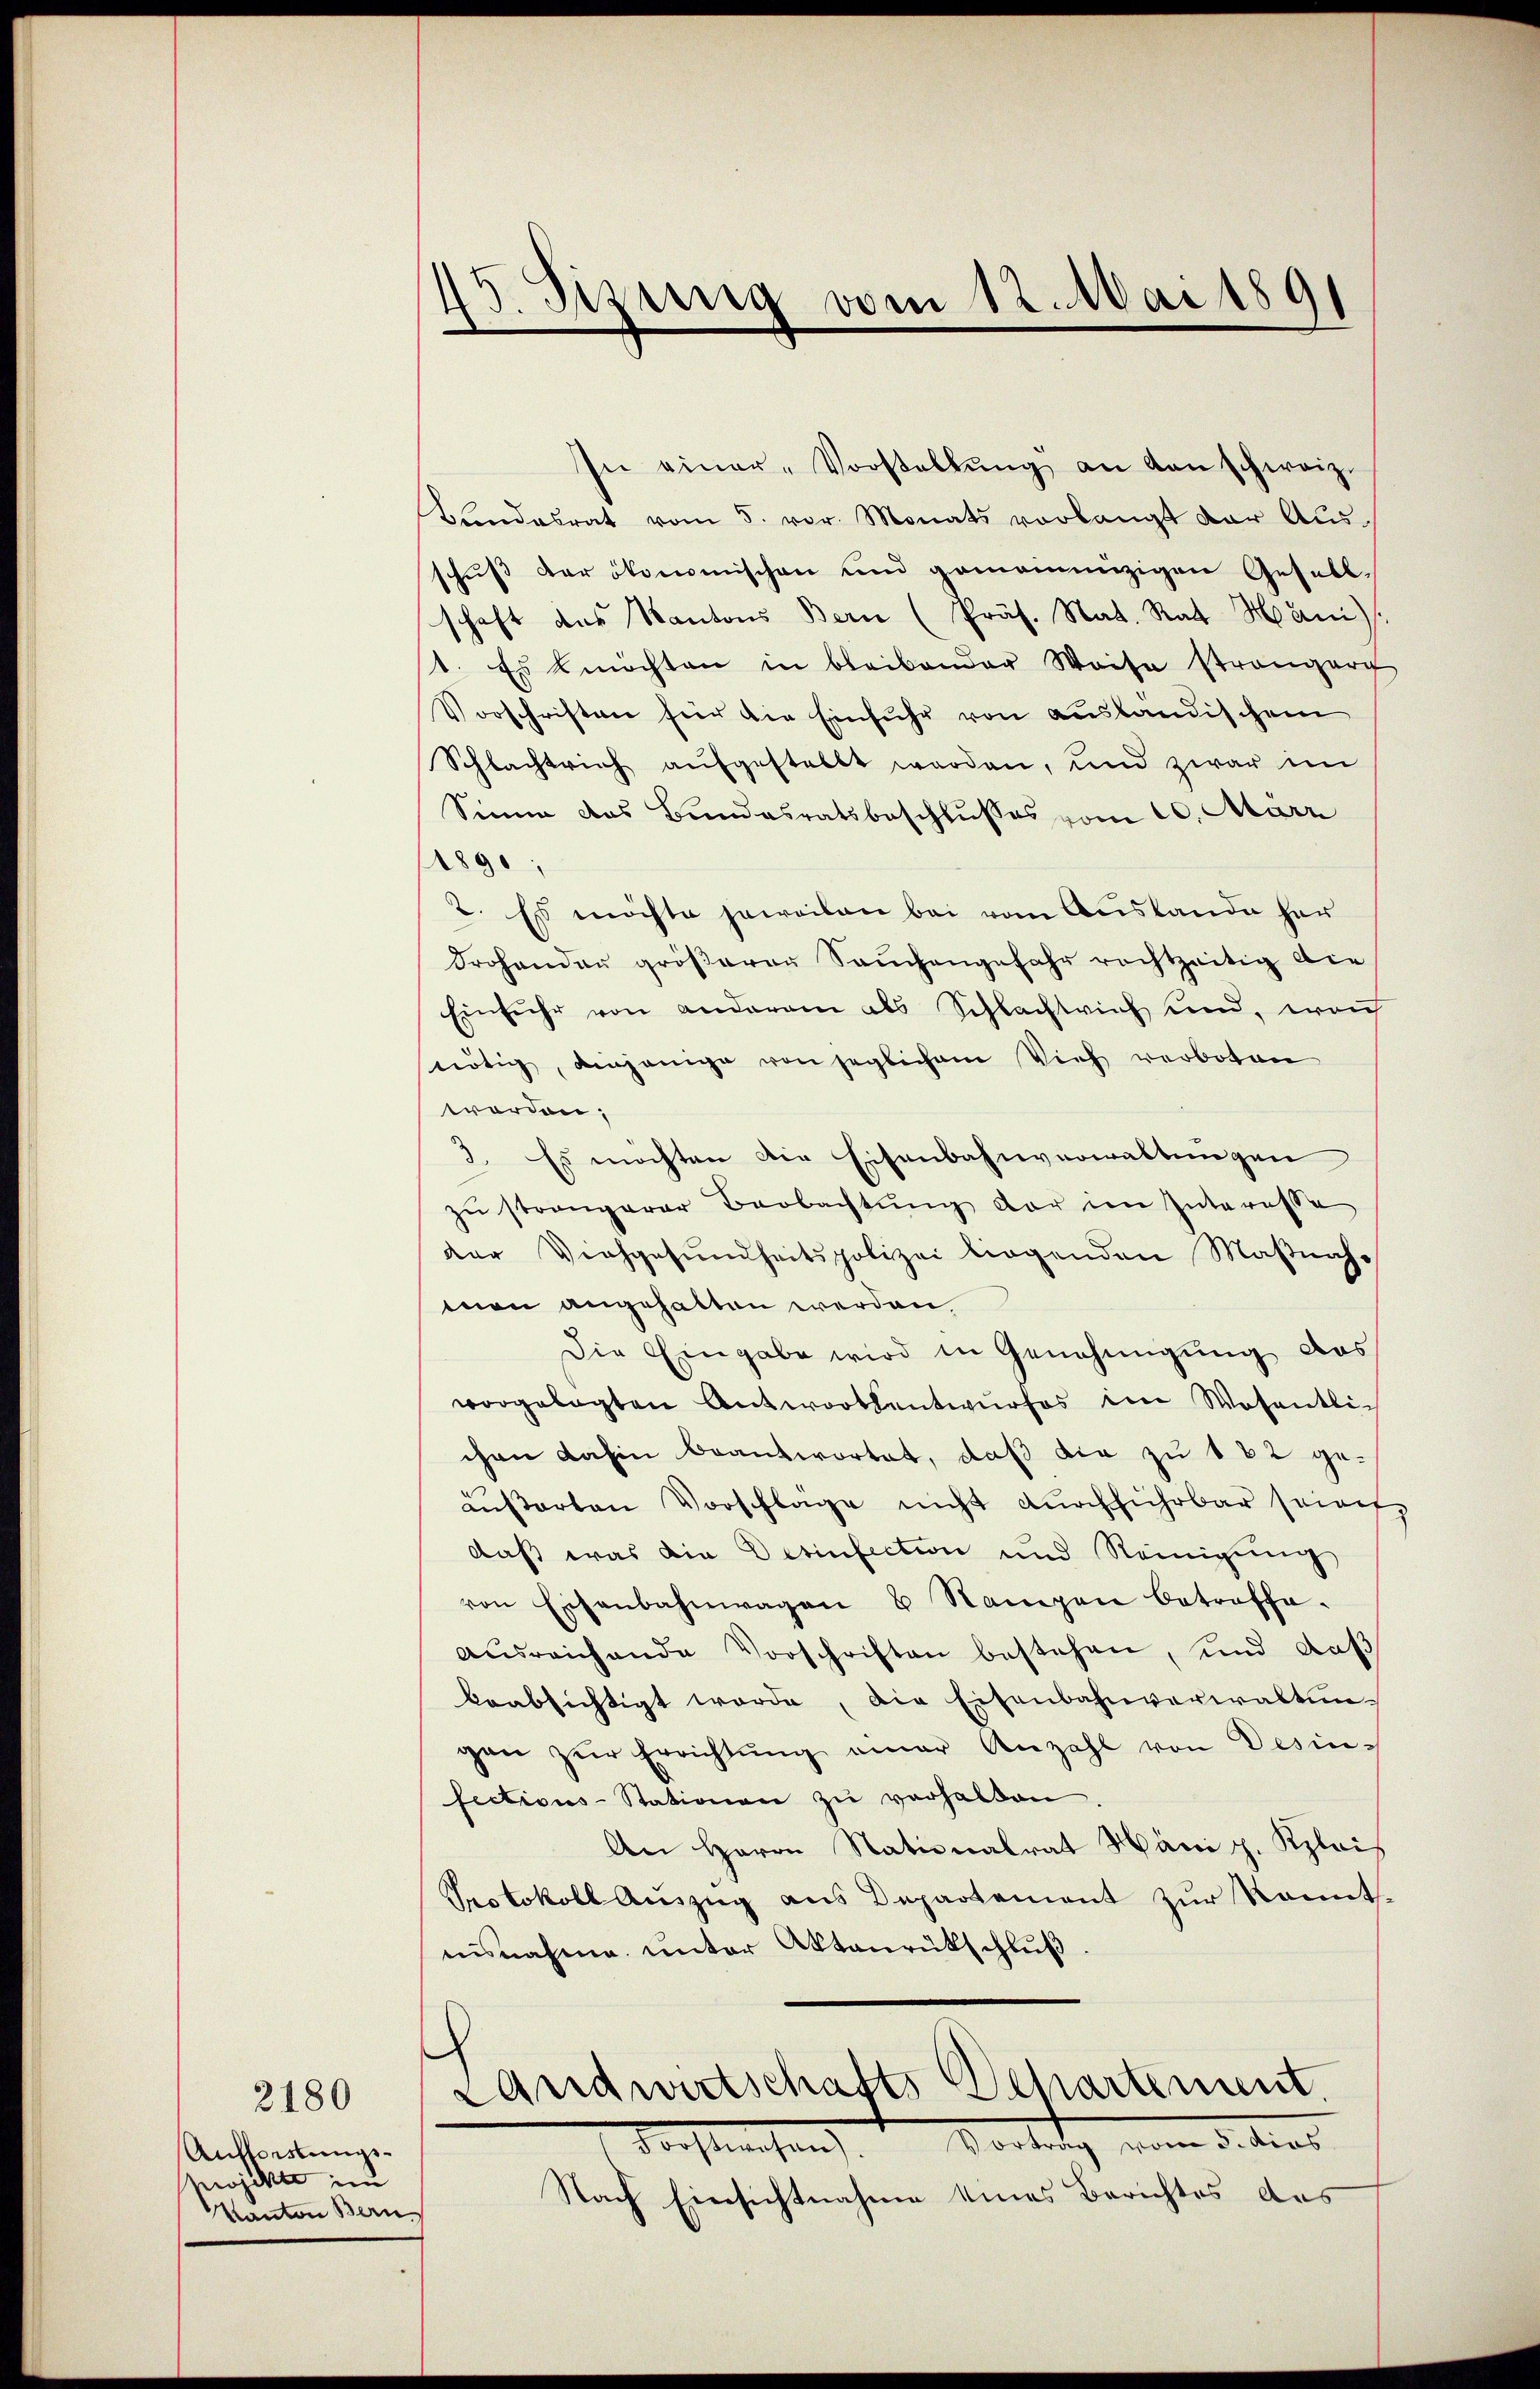
Aufforstungsprojekte im
Kanton Bern

2180

5 Sizung vom 12. Mai 189

In einer-Vorstellŭng an danschweiz.
Bŭndesrat vom 5. vor. Monats vorlangt der Ausschuß der ökonomischen und gemeininzigen Gesell-
schaft des Kantons Bern (Präs. Nat. Rat Mani)
1. Es möchten in bleibender Waise strangern
Vorschriften für die Einfuhr von ausländischem
Schlachtrich aufgestellt werden, und zwar im
Sinne das Bundesratsbeschlusses vom 10. März
1890
2. Es möchte jeweilen bei vom Austande her
drohenden größeren Sachengefahr rechtzeitig die
Einfuhr von anderem als Schlachtvieh und, won
nötig, einjenige von jeglichem Vieh verboten
worden;
2. Es möchten die Eisenbahnverwaltungen
zu strengerer Beobachtŭng der im Interesse
der Viehgesŭndheitspolizei liegenden Maßnahmon angehalten werden,
Die Eingabe wird in Genehmigung des
vorgelegten Antworthentwŭrfes im Wesentlic
chen dahin beantwortet, daß die zu 182 geäußerten Vorschlage nicht dŭrchführbar seinet
daß was die Desinfection und Reinigung
von Eisenbahnwagen & Namen betreffe.
aŭsreichende Vorschriften bestehen, und daß
beabsichtigt werde, die Eisenbahnverwaltungen zŭr Errichtŭng einer Anzahl von Desin-
fections-Stationen zŭ verhalten.
An Herrn Nationalrat Häni p. Klais
Protokoll Auszug aus Departement zur kannt-
nisnahme ŭnter Aktenrütschlŭβ.
)
Landwirtschafts Departement
Forstehen Vortrag vom 3. dies
Nach Einsichtnahme eines Berichtes das